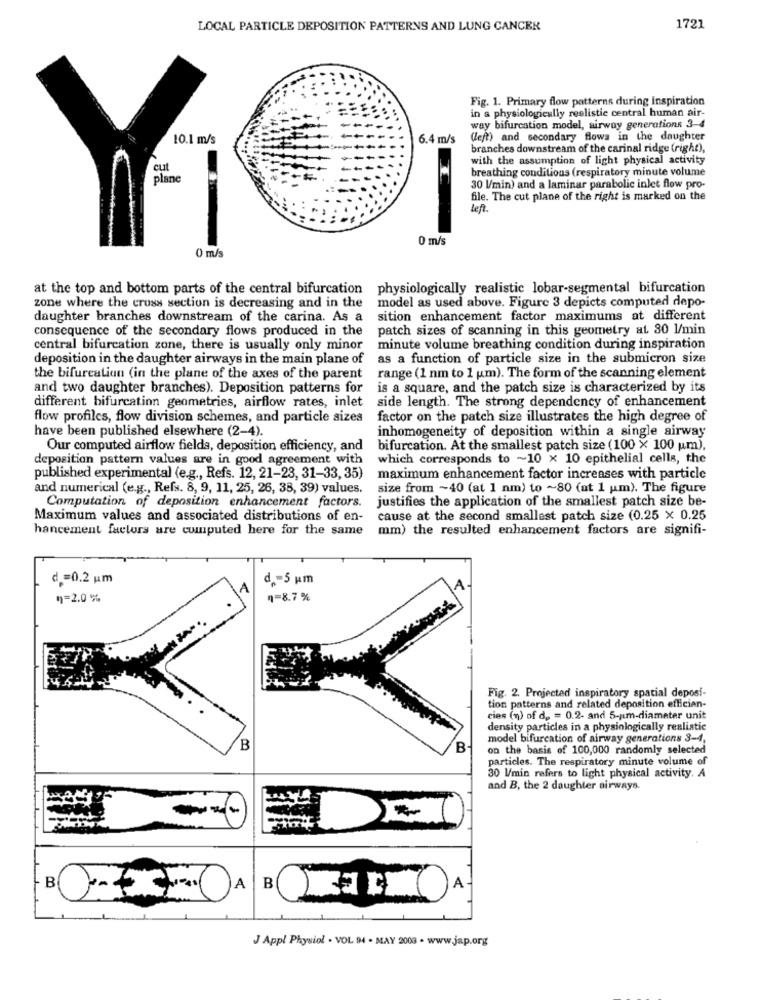
LOCAL PARTICLE DEPOSITION PATTERNS AND LUNG CANCER
1721
Fig. 1. Primary flow patterns during inspiration
in a physiologically realistic central human air-
way bifurcation model, airway generations 3-4
10.1 m/s
6.4 m/s
(left) and secondary flows in the daughter
branches downstream of the carinal ridge (right),
with the assumption of light physical activity
cut
breathing conditions (respiratory minute volume
plane
30 l/min) and a laminar parabolic inlet flow pro-
file. The cut plane of the right is marked on the
Left.
0 m/s
0 m/s
at the top and bottom parts of the central bifurcation physiologically realistic lobar-segmental bifurcation
model as used above. Figure 3 depicts computed depo-
zone where the cross section is decreasing and in the
daughter branches downstream of the carina. As a
sition enhancement factor maximums at different
consequence of the secondary flows produced in the
patch sizes of scanning in this geometry at 80 l/min
central bifurcation zone, there is usually only minor
minute volume breathing condition during inspiration
deposition in the daughter airways in the main plane of
as a function of particle size in the submicron size
the bifurcation (in the plane of the axes of the parent
range (1 nm to 1 um). The form of the scanning element
and two daughter branches). Deposition patterns for
is a square, and the patch size is characterized by its
different bifurcation geometries, airflow rates, inlet
side length. The strong dependency of enhancement
flow profiles, flow division schemes, and particle sizes
factor on the patch size illustrates the high degree of
have been published elsewhere (2-4).
inhomogeneity of deposition within a single airway
Our computed airflow fields, deposition efficiency, and
bifurcation. At the smallest patch size (100 × 100 um),
deposition pattern values are in good agreement with
which corresponds to ~10 x 10 epithelial cells, the
published experimental (e.g ., Refs. 12, 21-23, 31-33, 35)
maximum enhancement factor increases with particle
and numerical (e.g ., Refs. 8, 9, 11, 25, 26, 38, 39) values.
size from ~40 (at 1 nm) to ~80 (at 1 um). The figure
justifies the application of the smallest patch size be-
Computation of deposition enhancement factors.
Maximum values and associated distributions of en-
cause at the second smallest patch size (0.25 x 0.25
hancement factors are computed here for the same
mm) the resulted enhancement factors are signifi-
d =0.2 pm
d -5 pm
q=2.0%
n=8.7%
Fig. 2. Projected inspiratory spatial deposi-
tion patterns and related deposition effician-
cies (n) of de = 0.2- and 5-um-diameter unit
density particles in a physiologically realistic
model bifurcation of airway generations 3-4,
B
on the basis of 100,000 randomly selected
particles. The respiratory minute volume of
30 l/min refers to light physical activity. A
and B, the 2 daughter airways.
J Appl Physiol . VOL 94 . MAY 2000 - www.jap.org